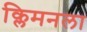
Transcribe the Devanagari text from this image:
क्लिमनला